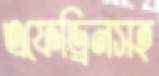
এফেড্রিনসহ